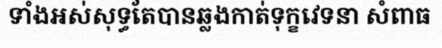
ទាំងអស់សុទ្ធតែបានឆ្លងកាត់ទុក្ខវេទនា សំពាធ